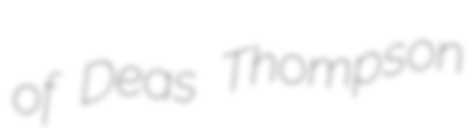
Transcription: of Deas Thompson